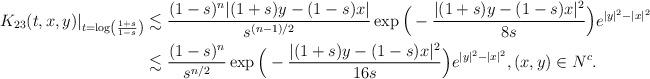
LaTeX: \begin{align*}K_{23}(t,x,y)|_{t=\log\left(\frac{1+s}{1-s}\right)}&\lesssim\frac{(1-s)^n|(1+s)y-(1-s)x|}{s^{(n-1)/2}}\exp\Big(-\frac{|(1+s)y-(1-s)x|^2}{8s}\Big)e^{|y|^2-|x|^2} \\&\lesssim\frac{(1-s)^n}{s^{n/2}}\exp\Big(-\frac{|(1+s)y-(1-s)x|^2}{16s}\Big)e^{|y|^2-|x|^2}, (x,y)\in N^c. \end{align*}